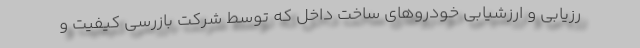
رزیابی و ارزشیابی خودروهای ساخت داخل که توسط شرکت بازرسی کیفیت و